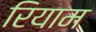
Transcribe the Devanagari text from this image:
रियाम